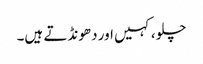
چلو، کہیں اور دھونڈتے ہیں۔